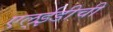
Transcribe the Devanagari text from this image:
एल्‌ईडीची